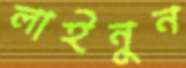
লাইনুন